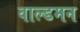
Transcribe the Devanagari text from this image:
वाल्डमन